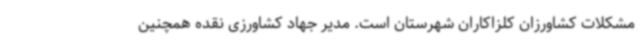
مشکلات کشاورزان کلزاکاران شهرستان است. مدیر جهاد کشاورزی نقده همچنین